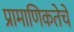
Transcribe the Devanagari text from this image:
प्रामाणिकतेचे